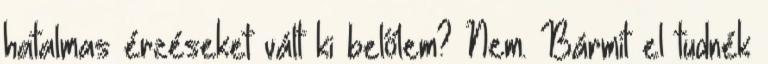
hatalmas érzéseket vált ki belőlem? Nem. Bármit el tudnék